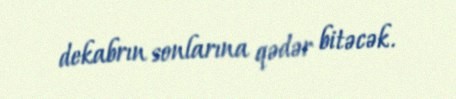
dekabrın sonlarına qədər bitəcək.